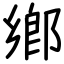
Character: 鄉